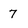
Character: 7